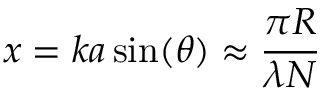
x = k a \sin ( \theta ) \approx { \frac { \pi R } { \lambda N } }